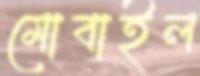
মোবাইল